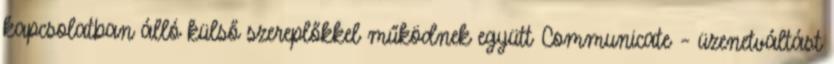
kapcsolatban álló külső szereplőkkel működnek együtt Communicate – üzenetváltást